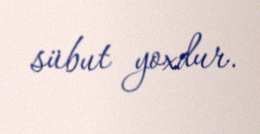
sübut yoxdur.